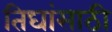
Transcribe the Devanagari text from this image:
तिघांसाठी